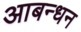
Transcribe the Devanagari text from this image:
आबन्धन